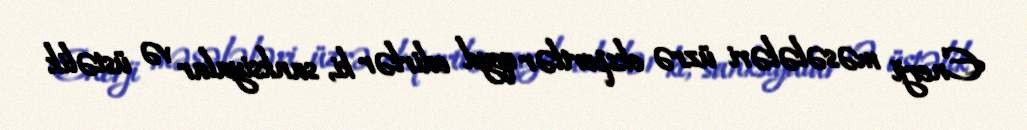
Enerji məsələləri üzrə ekspertlər qeyd edirlər ki, sanksiyalar və üstəlik